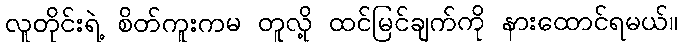
လူတိုင်းရဲ့ စိတ်ကူးကမ တူလို့ ထင်မြင်ချက်ကို နားထောင်ရမယ်။